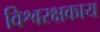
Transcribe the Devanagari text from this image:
विश्वरक्षकाय